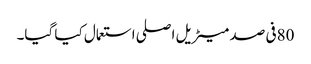
80فی صد میٹریل اصلی استعمال کیا گیا۔